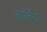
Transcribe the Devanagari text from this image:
बार्बियरे